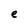
Character: e